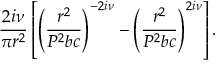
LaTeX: \frac { 2 i \nu } { \pi r ^ { 2 } } \left[ \left( \frac { r ^ { 2 } } { P ^ { 2 } b c } \right) ^ { - 2 i \nu } - \left( \frac { r ^ { 2 } } { P ^ { 2 } b c } \right) ^ { 2 i \nu } \right] .